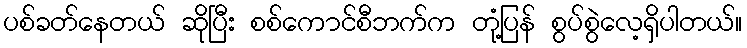
ပစ်ခတ်နေတယ် ဆိုပြီး စစ်ကောင်စီဘက်က တုံ့ပြန် စွပ်စွဲလေ့ရှိပါတယ်။